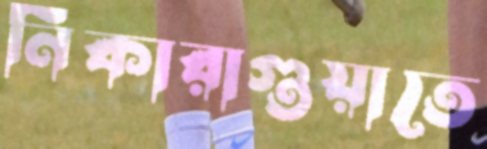
নিকারাগুয়াতে